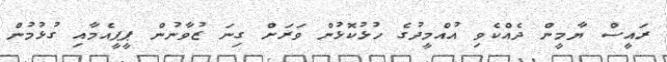
ރައީސް ޔާމީން ދެއްކެވި އުއްމީދުގެ ހުޅުކޮޅުން ވަަރަށް ގިނަ ޒުވާނުން ޕީޕީއެމާއި ގުޅުމުން